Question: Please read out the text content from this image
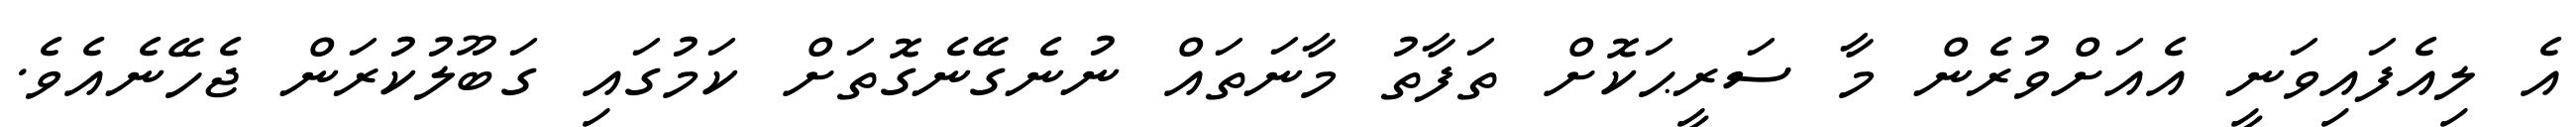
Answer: އެ ލިއެފައިވަނީ އެއަށްވުރެން މާ ސަރީޙަކޮށް ތަފާތު މާނަތައް ނުނެގޭނެގޮތަށް ކަމުގައި ގަބޫލުކުރަން ޖެހޭނެއެވެ.